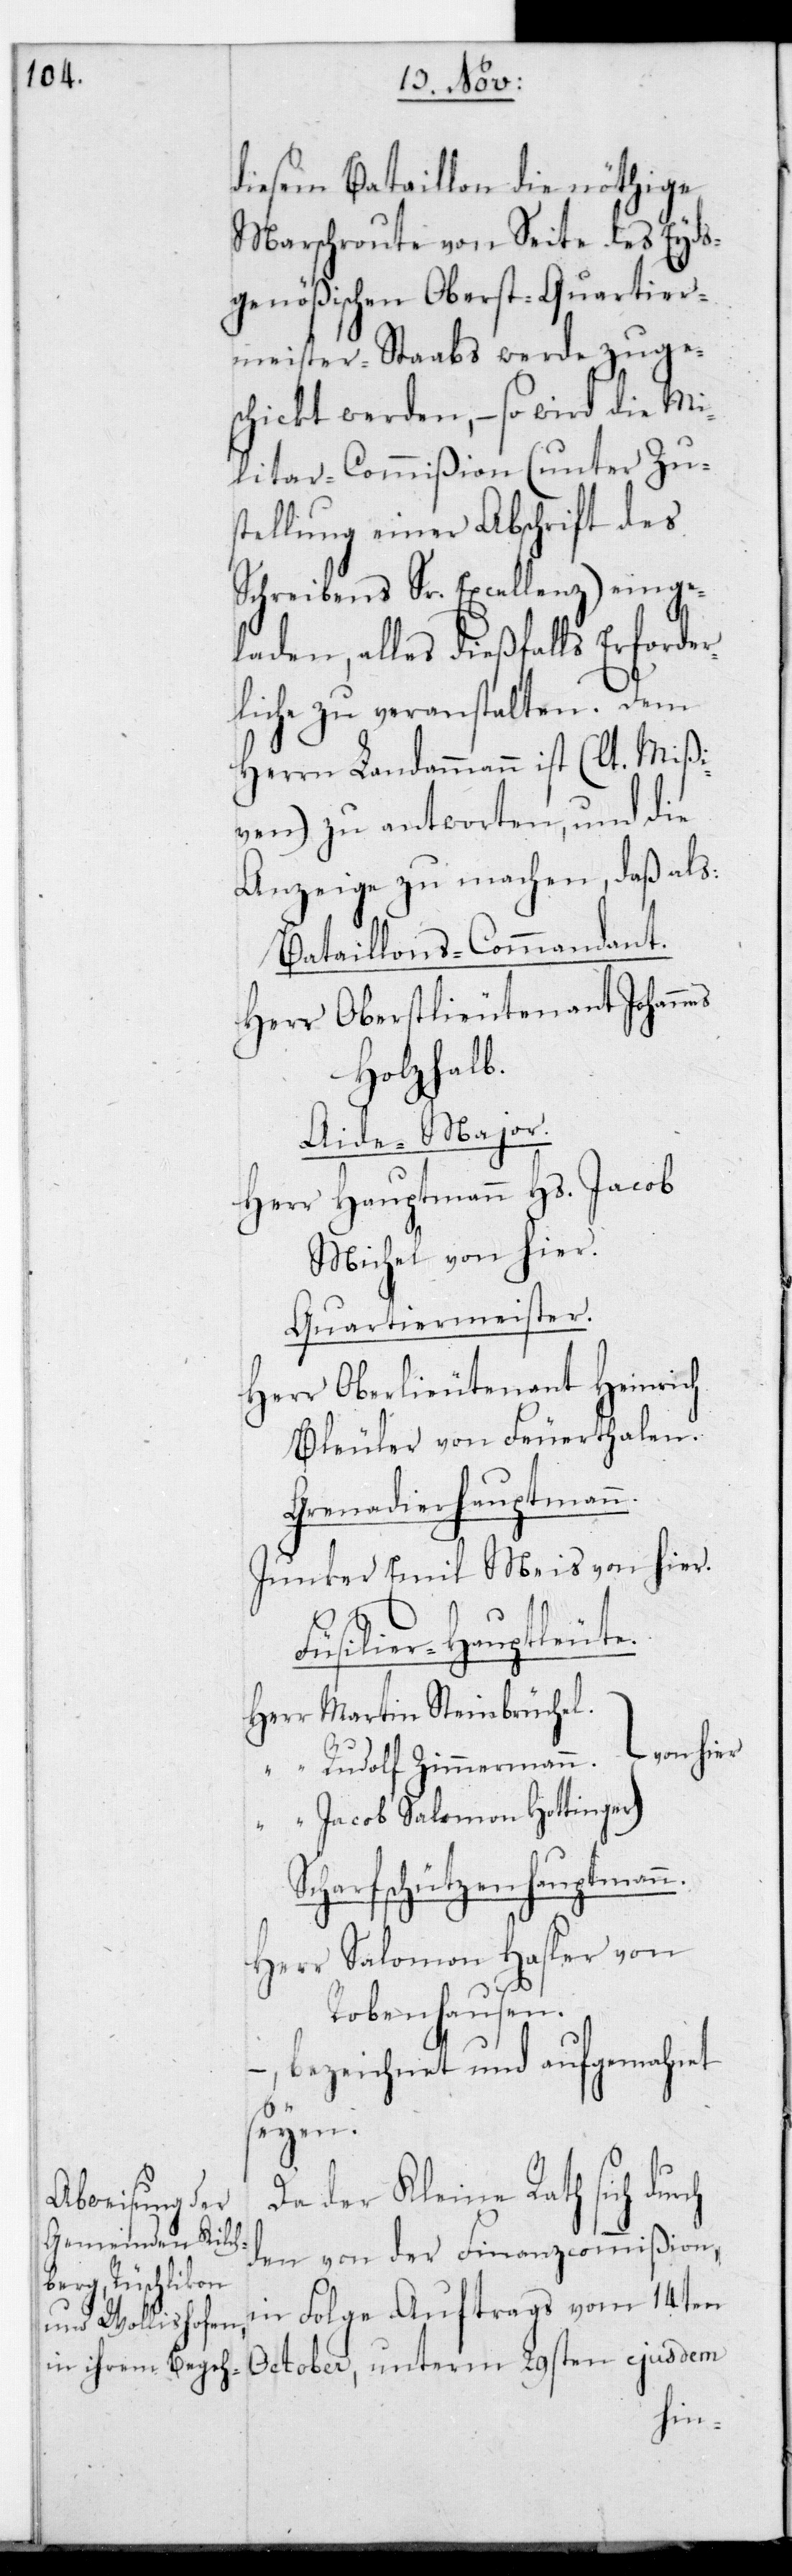
ch

diesem Bataillon die nöthige
Marschroute von Seite des Eyds¬
genößischen Oberst-Quartier¬
meister-Staabs werde zuge¬
schickt werden, – so wird die Mi¬
litar-Commißion (unter Zu¬
stellung einer Abschrift des
Schreibens Sr. Excellenz) einge¬
laden, alles dießfalls Erforder¬
liche zu veranstalten. Dem
Herrn Landammann ist (lt. Mißi¬
ven) zu antworten, und die
Anzeige zu machen, daß als:
Bataillons-Commandant.
Herr Oberstlieutenant Johannes
Holzhalb.
Aide-Major.
Herr Hauptmann Hs. Jacob
Michel von hier.
Quartiermeister.
Herr Oberlieutenant Heinrich
Bleuler von Feuerthalen.
Grenadierhauptmann.
Junker Emil Meis von hier.
Füsilier-Hauptleute.
Herr Martin Steinbrüchel.
von hier
“ Rudolf Zimmermann.
“ Jacob Salomon Hottinger.
Scharfschützenhauptmann.
Herr Salomon Hasler von
Robenhausen.
bezeichnet und aufgemahnet
seyen.
Da der Kleine Rath sich dur¬
den von der Finanzcommißion,
in Folge Auftrags vom 14ten
October, unterm 29sten ejusdem